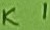
Text: K1